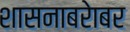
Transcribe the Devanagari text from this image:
शासनाबरेाबर